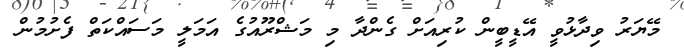
މޭޔަރު ވިދާޅުވީ އޭޑީބީން ކުރިއަށް ގެންދާ މި މަޝްރޫއުގެ އަމަލީ މަސައްކަތް ފެށުމުން